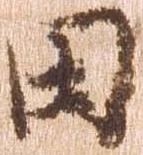
田